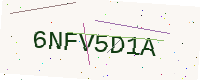
Text: 6NFV5D1A